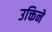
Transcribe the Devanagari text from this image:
उक्तिने